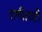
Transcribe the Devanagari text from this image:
राणीलाही